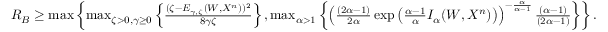
\begin{array} { r } { R _ { B } \geq \operatorname* { m a x } \left\{ \operatorname* { m a x } _ { \zeta > 0 , \gamma \geq 0 } \left\{ \frac { ( \zeta - E _ { \gamma , \zeta } ( W , X ^ { n } ) ) ^ { 2 } } { 8 \gamma \zeta } \right\} , \operatorname* { m a x } _ { \alpha > 1 } \left\{ \left( \frac { ( 2 \alpha - 1 ) } { 2 \alpha } \exp \left( \frac { \alpha - 1 } { \alpha } I _ { \alpha } ( W , X ^ { n } ) \right) \right) ^ { - \frac { \alpha } { \alpha - 1 } } \frac { ( \alpha - 1 ) } { ( 2 \alpha - 1 ) } \right\} \right\} . } \end{array}